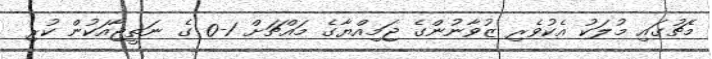
މެޗުގައި މުލަކު އެކުވެރި ޒުވާނުންގެ ޖަމިއްޔާގެ މައްޗަށް 1-0 ގެ ނަތީޖާއަކުން ކުރި